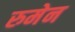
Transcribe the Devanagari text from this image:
रुमेन